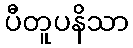
ပီတူပနိသာ